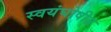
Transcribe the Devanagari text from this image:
स्वयंघोषीत